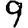
Digit: 9